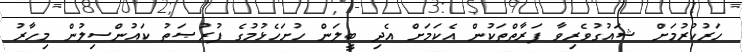
ހަރުކުރުމަށް ޝައުގުވެރިވާ ފަރާތްތަކުން އެކަމަށް އެދި ބީލަން ހުށަހެޅުމުގެ ފުރުޞަތު ކައުންސިލުން މިހާރު